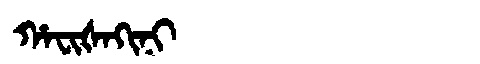
Manchu: ᡥᠠᠸᡳᡧᠠᡴᡳᠨᡳ
Romanization: HAFIŠAKINI